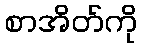
စာအိတ်ကို